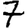
Digit: 7